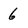
Character: 6